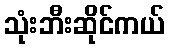
သုံးဘီးဆိုင်ကယ်